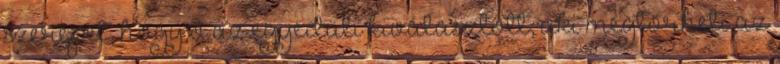
szerepet, hogy ő az egyedüli kiválasztott, aki megtörheti az